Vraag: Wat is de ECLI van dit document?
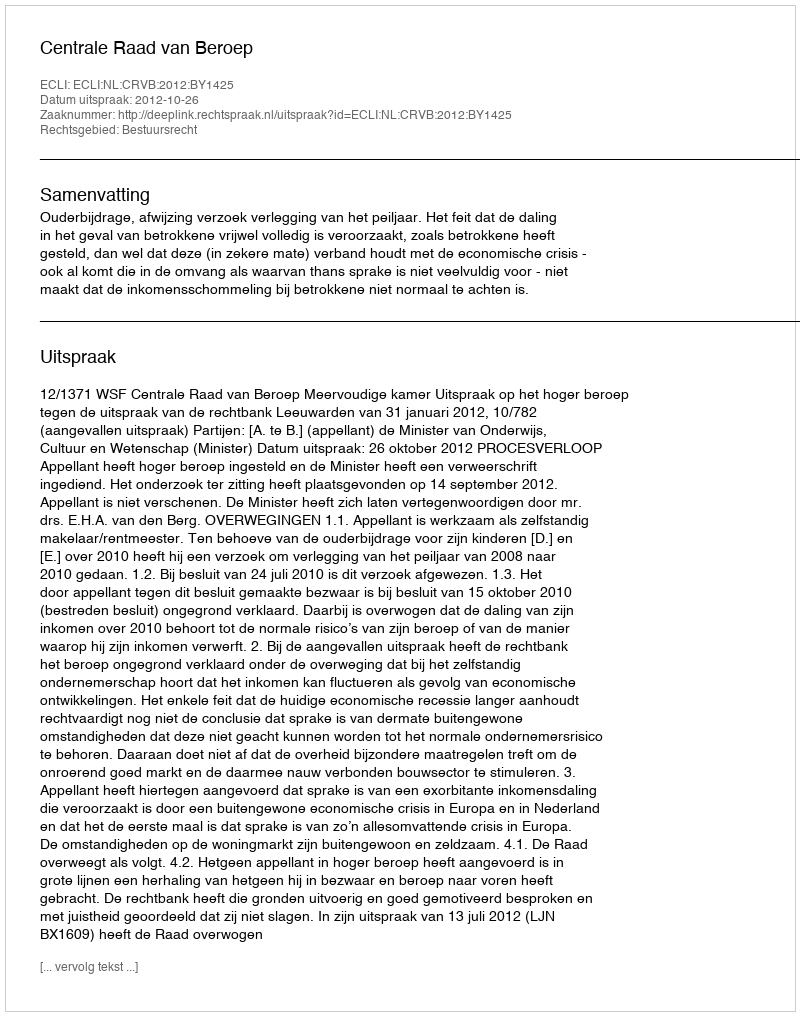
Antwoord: ECLI:NL:CRVB:2012:BY1425